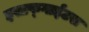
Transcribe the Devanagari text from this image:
इसाफ्गाईटस